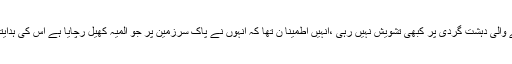
امریکہ کو پاکستان میں ہونے والی دہشت گردی پر کبھی تشویش نہیں رہی ،انہیں اطمینا ن تھا کہ انہوں نے پاک سرزمین پر جو المیہ کھیل رچایا ہے اس کی ہدایتکاری بھارت کے ذمے ہے۔